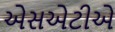
એસએટીએ